Vaccination North-Western Provinces and Oudh 1896-1901 - 1896-1901
Year: 1896
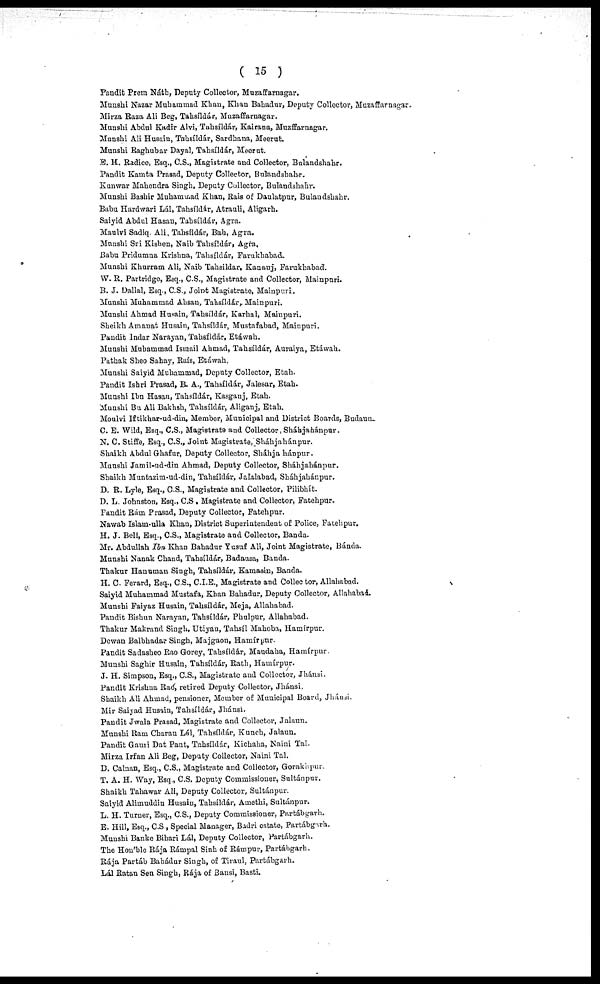
( 15 )
Pandit Prem Náth, Deputy Collector, Muzaffarnagar.
Munshi Nazar Muhammad Khan, Khan Bahadur, Deputy Collector, Muzaffarnagar
Mirza Baza Ali Beg, Taksíldár, Muzaffarnagar.
Munshi Abdul Kadir Alvi, Tahsíldár, Kairana, Muzffarnagar.
Mnnshi Ali Husain, Tahsíldár, Sardhana, Meerut.
Munshi Raghubar Dayal, Tabsíldár, Meerut.
E. H. Radice, Esq., C.S., Magistrate and Collector, Bulandshahr.
Pandit Kamta Prasad, Deputy Collector, Bulandshahr.
Kunwar Mahendra Singh, Deputy Collector, Bulándshahr.
Munshi Bashir Muhammad Khan, Rais of Daulatpur, Bulaudshahr.
Babu Hardwari Lál, Tahsíldár, Atrauli, Aligarh.
Saiyid Abdul Hasan, Tabsíldár, Agra.
Maulvi Sadiq. Ali, Tahsíldár, Bah, Agra.
Munshi Sri Kishen, Naib Tahsíldár, Agra.
Babu Pridumna Krishna, Tahsíldár, Farukhabad.
Munshi Khurram Ali, Naib Tahsildar, Kanauj, Farukhabad.
W. R. Partridge, Esq., C.S., Magistrate and Collector, Mainpuri.
B. J. Dallal, Esq., C.S., Joint Magistrate, Mainpuri.
Munshi Muhatmmad Ahsan, Tahsíldár,. Mainpuri.
Munshi Ahmad Husain, Tahsíldár, Karhal, Mainpuri.
Sheikh Amanat Husain, Tahsíldár, Mustafabad, Mainpuri.
Pandit Indar Narayan, Tahsíldár, Etáwah.
Munshi Mubammad Ismail Ahmad, Tahsíldár, Auraiya, Etáwah.
Pathak Sheo Sahay, Raís, Etáwah,
Munshi Saiyid Muhammad, Deputy Collector, Etah.
Pandit Ishri Prasad, B. A., Tahsíldár, Jalesar, Etah.
Munshi Ibn Hasan, Tahsíldár, Kasganj, Etah.
Munshi Bu Ali Bakhsh, Tahsíldár, Aliganj, Etah.
Moulvi Iftikhar-ud-din, Member, Municipal and District Boards, Budaun.
C. E. Wild, Esq., C.S., Magistrate and Collector, Sháhjahánpur.
N. C. Stiffe, Esq., C.S., Joint Magistrate, Sháhjahánpur.
Shaikh Abdul Ghafur, Deputy Collector, Sháhjahánpur.
Munshi Jamil-ud-din Ahmad, Deputy Collector, Sháhjahánpur.
Shaikh Muntazim-ud-din, Tahsíldár, Jalalabad, Sháhjahánpur.
D. R. Lyle, Esq., C.S., Magistrate and Collector, Pilibhít.
D. L. Johnston, Esq., C.S, Magistrate and Collector, Fatehpur.
Pandit Rám Prasad, Deputy Collector, Fatehpur.
Nawab Islam-ulla Khan, District Superintendent of Police, Fatehpur.
H. J. Bell, Esq., C.S., Magistrate and Collector, Banda.
Mr. Abdullah Ibn Khan Bahadur Yusuf Ali, Joint Magistrate, Bánda.
Munshi Nanak Chand, Tahsíldár, Badausa, Banda.
Thakur Hanuman Singh, Tahsíldár, Kamasin, Banda.
H. C. Ferard, Esq., C.S., C.I.E., Magistrate and Collector, Allahabad.
Saiyid Muhammad Mustafa, Khan Bahadur, Deputy Collector, Allahabad.
Munshi Faiyaz Husain, Tahsíldár, Meja, Allahabad.
Pandit Bishun Narayan, Tahsíldár, Phulpur, Allahabad.
Thakur Makrand Singh, Utiyan, Tahsíl Mahoba, Hamírpur.
Dewan Balbhadar Singh, Majgaon, Hamírpur.
Pandit Sadasheo Rao Gorey, Tahsíldár, Maudaha, Hamírpur.
Munshi Saghir Husain, Tahsíldár, Rath, Hamírpur.
J. H. Simpson, Esq., C.S., Magistrate and Collector, Jhánsi.
Pandit Krishna Raó, retired Deputy Collector, Jhánsi.
Shaikh Ali Ahmad, pensioner, Member of Municipal Board, Jhánsi.
Mir Saiyad Husain, Tahsíldár, Jhánsi.
Pandit Jwala Prasad, Magistrate and Collector, Jalaun.
Munshi Ram Charan Lál, Tahsíldár, Kunch, Jalaun.
Pandit Gauri Dat Pant, Tahsíldár, Kichaha, Naini Tal.
Mirza Irfan Ali Beg, Deputy Collector, Naini Tal.
D. Calnan, Esq., C.S., Magistrate and Collector, Gorakhpur.
T. A. H. Way, Esq., C.S. Deputy Commissioner, Sultánpur.
Shaikh Tahawar Ali, Deputy Collector, Sultánpur.
Saiyid Alimuddin Husain, Tahsíldár, Amethi, Sultánpur.
L. H. Turner, Esq., C.S., Deputy Commissioner, Partábgarh.
E. Hill, Esq., C.S , Special Manager, Badri estate, Partábgarh.
Munshi Banke Bihari Lál, Deputy Collector, Partábgarh.
The Hou'ble Rája Rámpal Sinh of Rámpur, Partábgarh.
Rája Partáb Bahádur Singh, of Tiraul, Partábgarh.
Lál Ratan Sen Singh, Rája of Bansi, Basti.